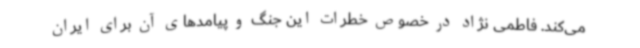
می‌کند. فاطمی نژاد در خصوص خطرات این جنگ و پیامدهای آن برای ایران